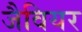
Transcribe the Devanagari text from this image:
जैवियर